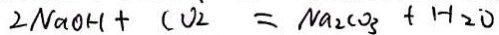
2 N a O H + C O _ { 2 } = N a _ { 2 } C O _ { 3 } + H _ { 2 } O